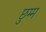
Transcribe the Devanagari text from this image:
छुम्म